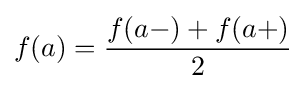
f(a)={\frac {f(a-)+f(a+)}{2}}